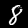
Digit: 8